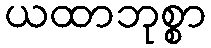
ယထာဘုစ္စာ